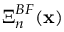
\boldsymbol { \Xi } _ { n } ^ { B F } ( { \bf x } )